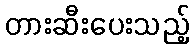
တားဆီးပေးသည့်